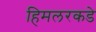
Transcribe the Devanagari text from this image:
हिमलरकडे